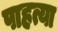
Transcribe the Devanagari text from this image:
पाहत्या